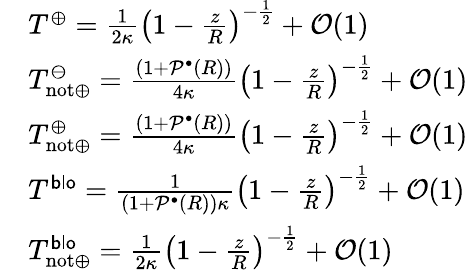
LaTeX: \begin{array}{rl}&{T^{\oplus}=\frac{1}{2\kappa}\left(1-\frac{z}{R}\right)^{-\frac{1}{2}}+\mathcal{O}(1)}\\ &{T_{\mathrm{not}\oplus}^{\ominus}=\frac{(1+\mathcal{P}^{\bullet}(R))}{4\kappa}\left(1-\frac{z}{R}\right)^{-\frac{1}{2}}+\mathcal{O}(1)}\\ &{T_{\mathrm{not}\oplus}^{\oplus}=\frac{(1+\mathcal{P}^{\bullet}(R))}{4\kappa}\left(1-\frac{z}{R}\right)^{-\frac{1}{2}}+\mathcal{O}(1)}\\ &{T^{\mathsf{blo}}=\frac{1}{(1+\mathcal{P}^{\bullet}(R))\kappa}\left(1-\frac{z}{R}\right)^{-\frac{1}{2}}+\mathcal{O}(1)}\\ &{T_{\mathrm{not}\oplus}^{\mathsf{blo}}=\frac{1}{2\kappa}\left(1-\frac{z}{R}\right)^{-\frac{1}{2}}+\mathcal{O}(1)}\end{array}